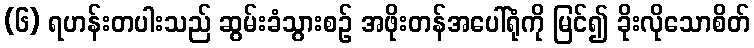
(၆) ရဟန်းတပါးသည် ဆွမ်းခံသွားစဉ် အဖိုးတန်အပေါ်ရုံကို မြင်၍ ခိုးလိုသောစိတ်